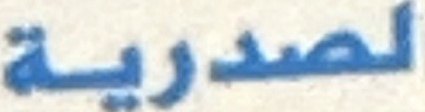
لصدرية